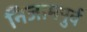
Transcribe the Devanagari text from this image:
निजामपुर्व